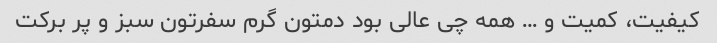
کیفیت، کمیت و … همه چی عالی بود دمتون گرم سفرتون سبز و پر برکت